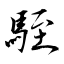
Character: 駤